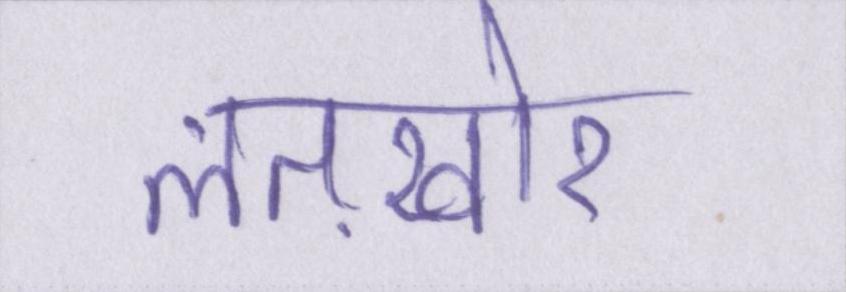
लतख़ोर